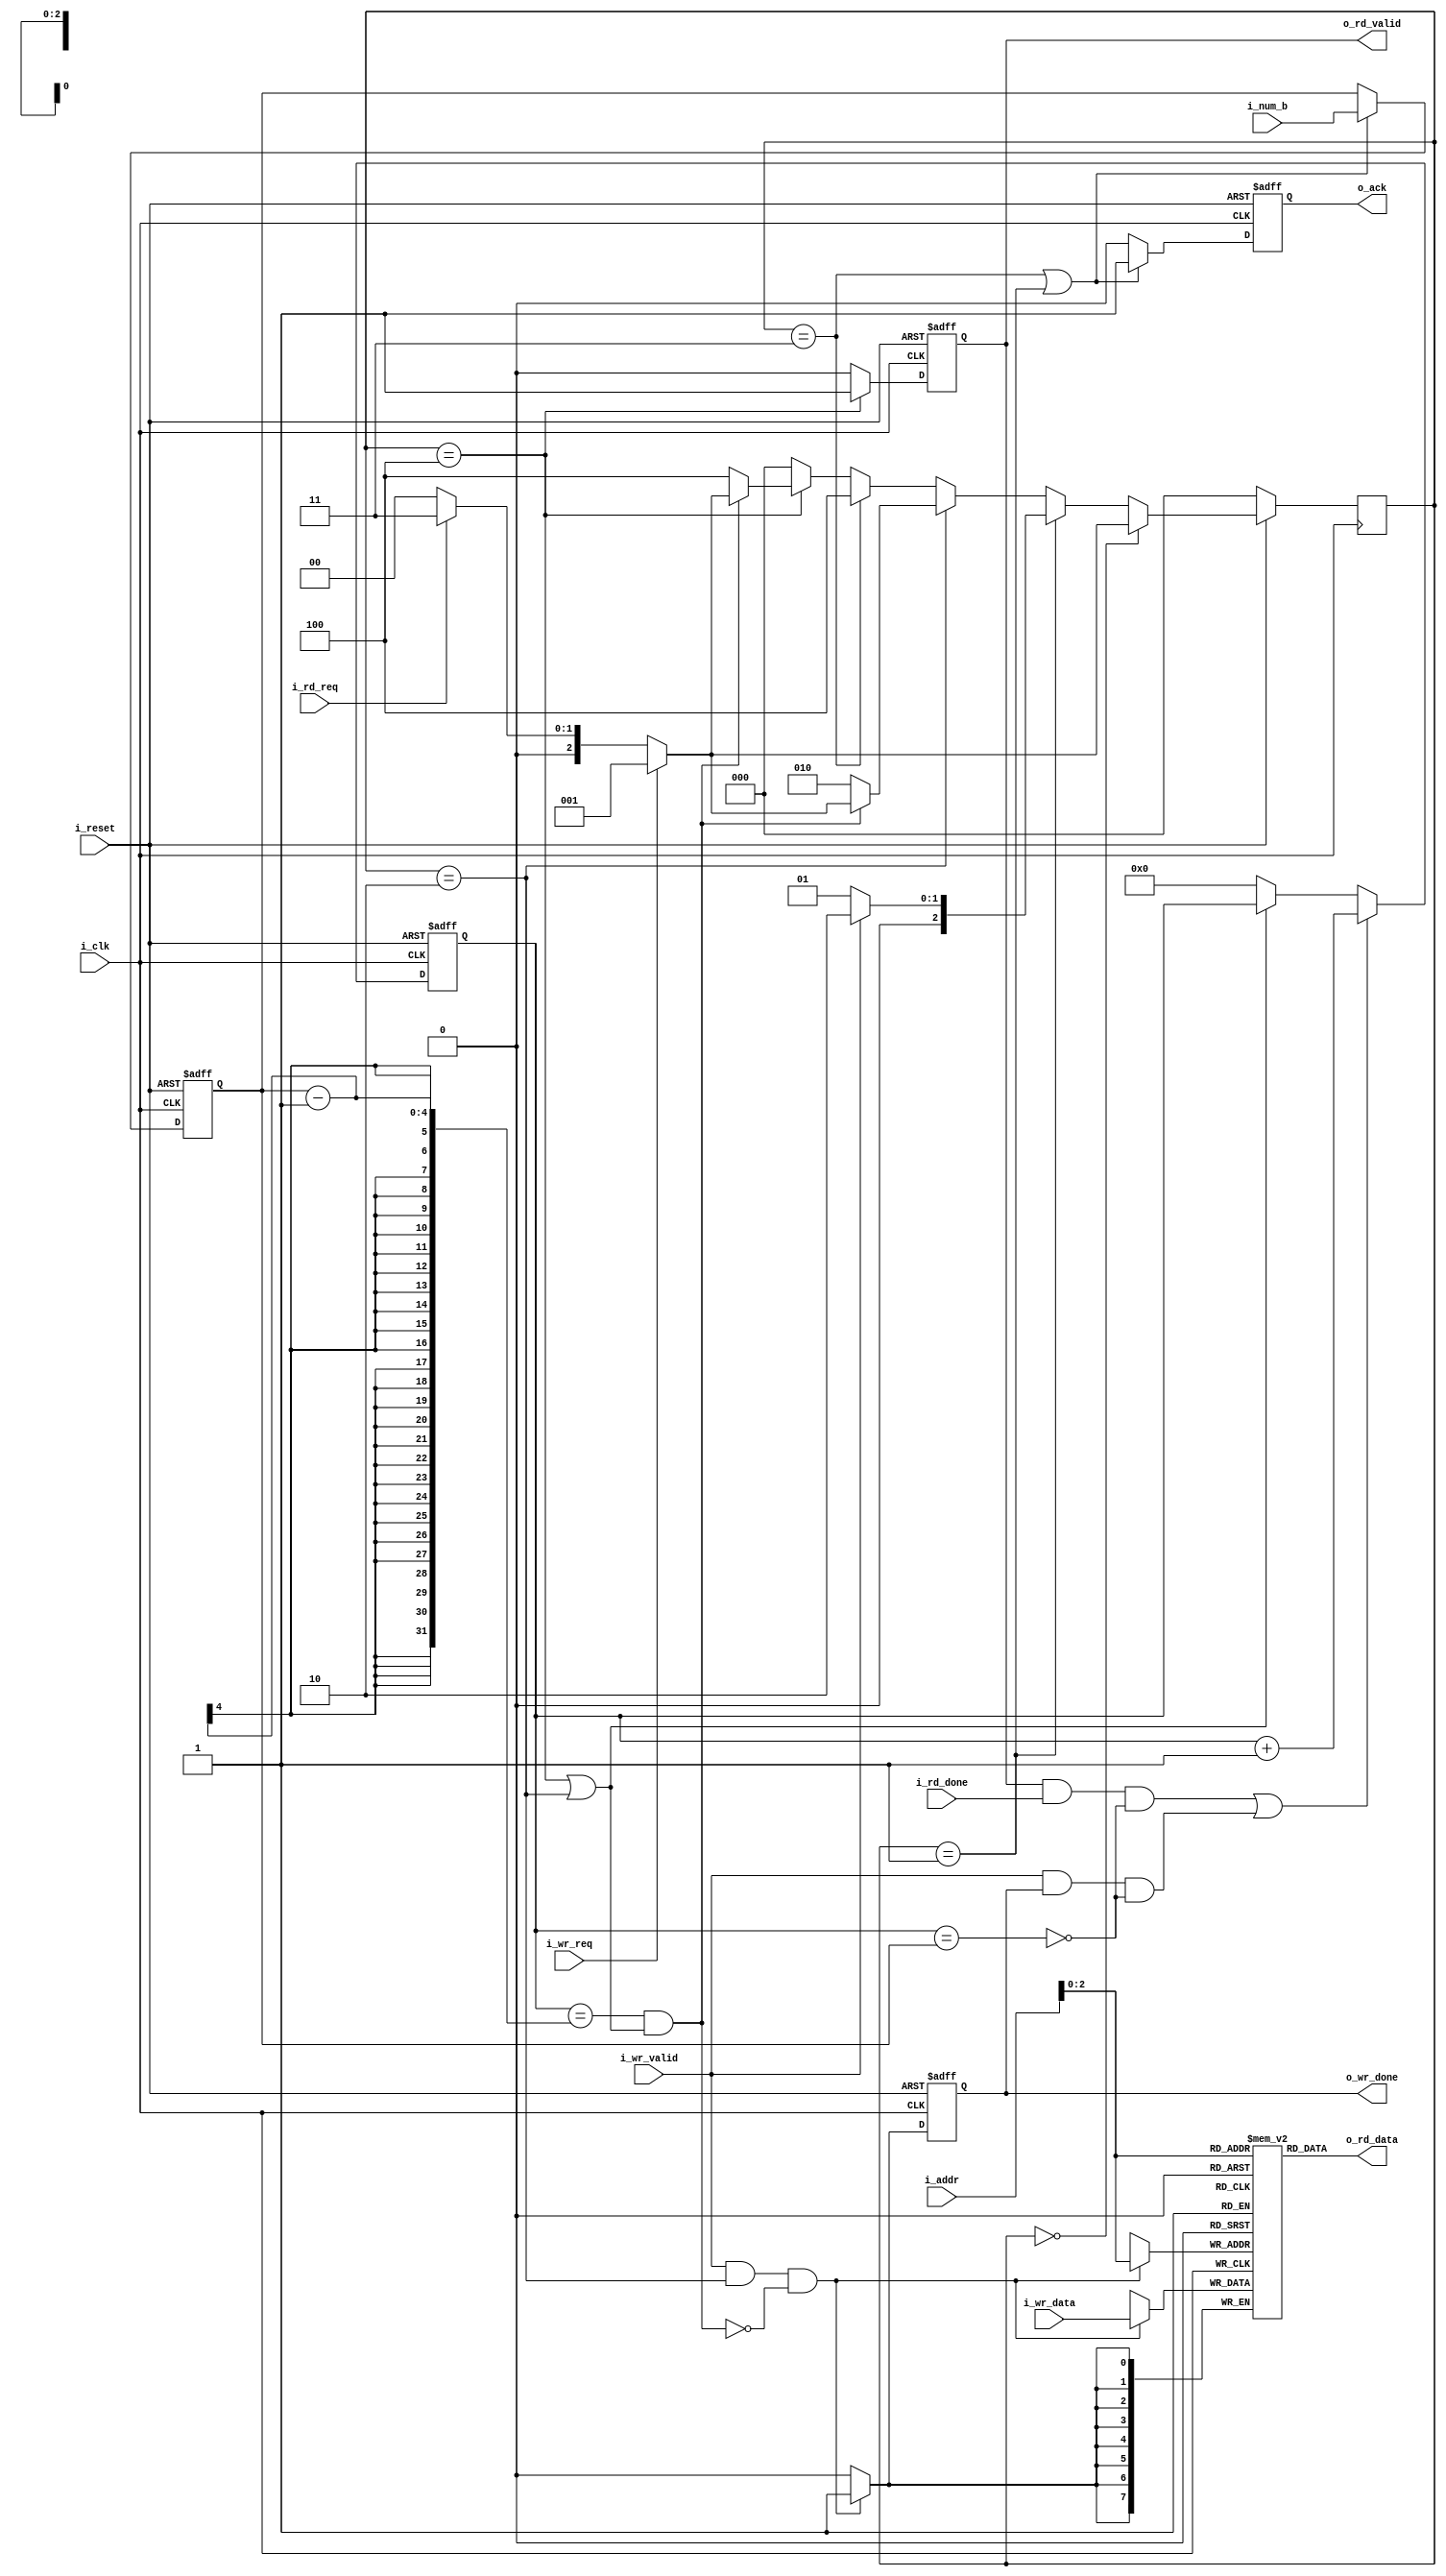
module mem_rw_controller(
i_clk,
i_reset,

// write channel
i_wr_req,
i_wr_data,
i_wr_valid,
o_wr_done,

// read channel
i_rd_req,
o_rd_data,
o_rd_valid,
i_rd_done,

// R/W share signals
i_addr,
o_ack,
i_num_b
);

// input/output
input 		i_clk;
input 		i_reset;

// write channel
input 		i_wr_req;
input 	[7:0]	i_wr_data;
input 		i_wr_valid;
output 		o_wr_done;

// read channel
input 		i_rd_req;
output 	[7:0]	o_rd_data;
output 		o_rd_valid;
input 		i_rd_done;

// R/W share signal
input	[5:0]	i_addr;
output		o_ack;
input 	[3:0]	i_num_b;

// parameters
parameter	ST_IDLE = 3'd0;
parameter	ST_WRST = 3'd1;
parameter	ST_WRCT = 3'd2;
parameter	ST_RDST = 3'd3;
parameter	ST_RDCT = 3'd4;

// reg
reg	[3:0]	r_num_b;
reg	[3:0]	r_rw_b;
reg	[1:0]	r_rd_ptr;
reg	[1:0]	r_wr_ptr;
reg	[2:0]	r_state;
reg	[2:0]	w_nxt_state;

// mem
reg	[7:0]	mem	[5:0];

// wire
wire		w_st_idle = r_state == ST_IDLE;
wire		w_st_wrst = r_state == ST_WRST;
wire		w_st_wrct = r_state == ST_WRCT;
wire		w_st_rdst = r_state == ST_RDST;
wire		w_st_rdct = r_state == ST_RDCT;

wire		w_rw_comp = (r_rw_b == r_num_b - 1) & (w_st_wrct | w_st_rdct);

// ---------------------------
// next state logic
// ---------------------------

always@(*) begin
	if(~i_reset)
		w_nxt_state = ST_IDLE;
	else if(w_st_idle)
		if(i_wr_req)
			w_nxt_state = ST_WRST;
		else if(i_rd_req)
			w_nxt_state = ST_RDST;
	      	else
			w_nxt_state = ST_IDLE;	
	else if(w_st_wrst)
		if(i_wr_valid)
			w_nxt_state = ST_WRCT;
		else
			w_nxt_state = ST_WRST;
	else if(w_st_wrct)
		if(~w_rw_comp)
			w_nxt_state = ST_WRCT;
		else if(i_wr_req)
			w_nxt_state = ST_WRST;
		else if(i_rd_req)
			w_nxt_state = ST_RDST;
		else
			w_nxt_state = ST_IDLE;
	else if(w_st_rdst)
		w_nxt_state = ST_RDCT;
	else if(w_st_rdct)
		if(~w_rw_comp)
			w_nxt_state = ST_RDCT;
		else if(i_wr_req)
			w_nxt_state = ST_WRST;
		else if(i_rd_req)
			w_nxt_state = ST_RDST;
		else
			w_nxt_state = ST_IDLE;
	else
		w_nxt_state = ST_IDLE;	
end

// ---------------------------
// read write byte count logic
// ---------------------------

wire		w_rd_step = o_rd_valid & i_rd_done & ~(r_rw_b == r_num_b);
wire		w_wr_step = i_wr_valid & o_wr_done & ~(r_rw_b == r_num_b);

always@(posedge i_clk or negedge i_reset) begin
	if(~i_reset)
		r_rw_b <= 4'b0;
	else if(w_rd_step | w_wr_step)
		r_rw_b <= r_rw_b + 1;
	else if(w_st_rdct | w_st_wrct)
		r_rw_b <= r_rw_b;
	else
		r_rw_b <= 4'b0;
end

always@(posedge i_clk or negedge i_reset) begin
	if(~i_reset)
		r_num_b <= 4'b0;
	else if(w_st_rdst | w_st_wrst)
		r_num_b <= i_num_b;
	else
		r_num_b <= r_num_b;
end

// ---------------------------
// state machine
// ---------------------------

always@(posedge i_clk) begin
	r_state <= w_nxt_state;
end

// ---------------------------
// Memory R/W logic
// ---------------------------

always@(posedge i_clk) begin
	if(i_wr_valid & w_st_wrct & ~w_rw_comp)
		mem[i_addr] <= i_wr_data;
end	
// ---------------------------
// Output logic
// ---------------------------

assign o_rd_data = mem[i_addr];

reg		o_rd_valid;

always@(posedge i_clk or negedge i_reset) begin
	if(~i_reset)
		o_rd_valid <= 1'd0;
	else if(w_st_rdct)
		o_rd_valid <= 1'd1;
	else
		o_rd_valid <= 1'd0;
end

reg		o_wr_done;

always@(posedge i_clk or negedge i_reset) begin
	if(~i_reset)
		o_wr_done <= 1'd0;
	else if(i_wr_valid & (w_st_wrct) & ~w_rw_comp)
		o_wr_done <= 1'd1;
	else
		o_wr_done <= 1'd0;
end

reg		o_ack;

always@(posedge i_clk or negedge i_reset) begin
	if(~i_reset)
		o_ack <= 1'd0;
	else if(w_st_wrst | w_st_rdst)
		o_ack <= 1'd1;
	else
		o_ack <= 1'd0;
end

endmodule